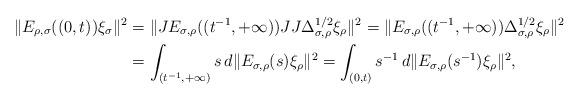
LaTeX: \begin{align*}\|E_{\rho,\sigma}((0,t))\xi_\sigma\|^2&=\|JE_{\sigma,\rho}((t^{-1},+\infty))JJ\Delta_{\sigma,\rho}^{1/2}\xi_\rho\|^2=\|E_{\sigma,\rho}((t^{-1},+\infty))\Delta_{\sigma,\rho}^{1/2}\xi_\rho\|^2 \\&=\int_{(t^{-1},+\infty)}s\,d\|E_{\sigma,\rho}(s)\xi_\rho\|^2=\int_{(0,t)}s^{-1}\,d\|E_{\sigma,\rho}(s^{-1})\xi_\rho\|^2,\end{align*}